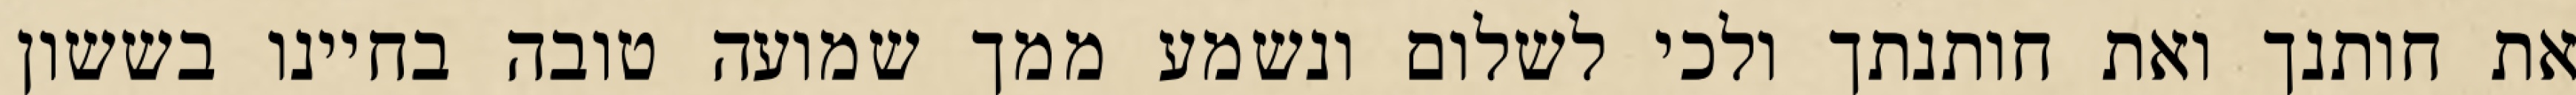
את חותנך ואת חותנתך ולכי לשלום ונשמע ממך שמועה טובה בחיינו בששון